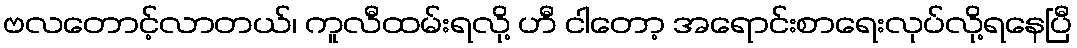
ဗလတောင့်လာတယ်၊ ကူလီထမ်းရလို့ ဟီ ငါတော့ အရောင်းစာရေးလုပ်လို့ရနေပြီ